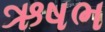
ઋષભ